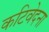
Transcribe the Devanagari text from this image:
कटिवेदना